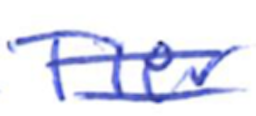
Text: Tier
Cross-out: double-line
Writing tool: ballpoint